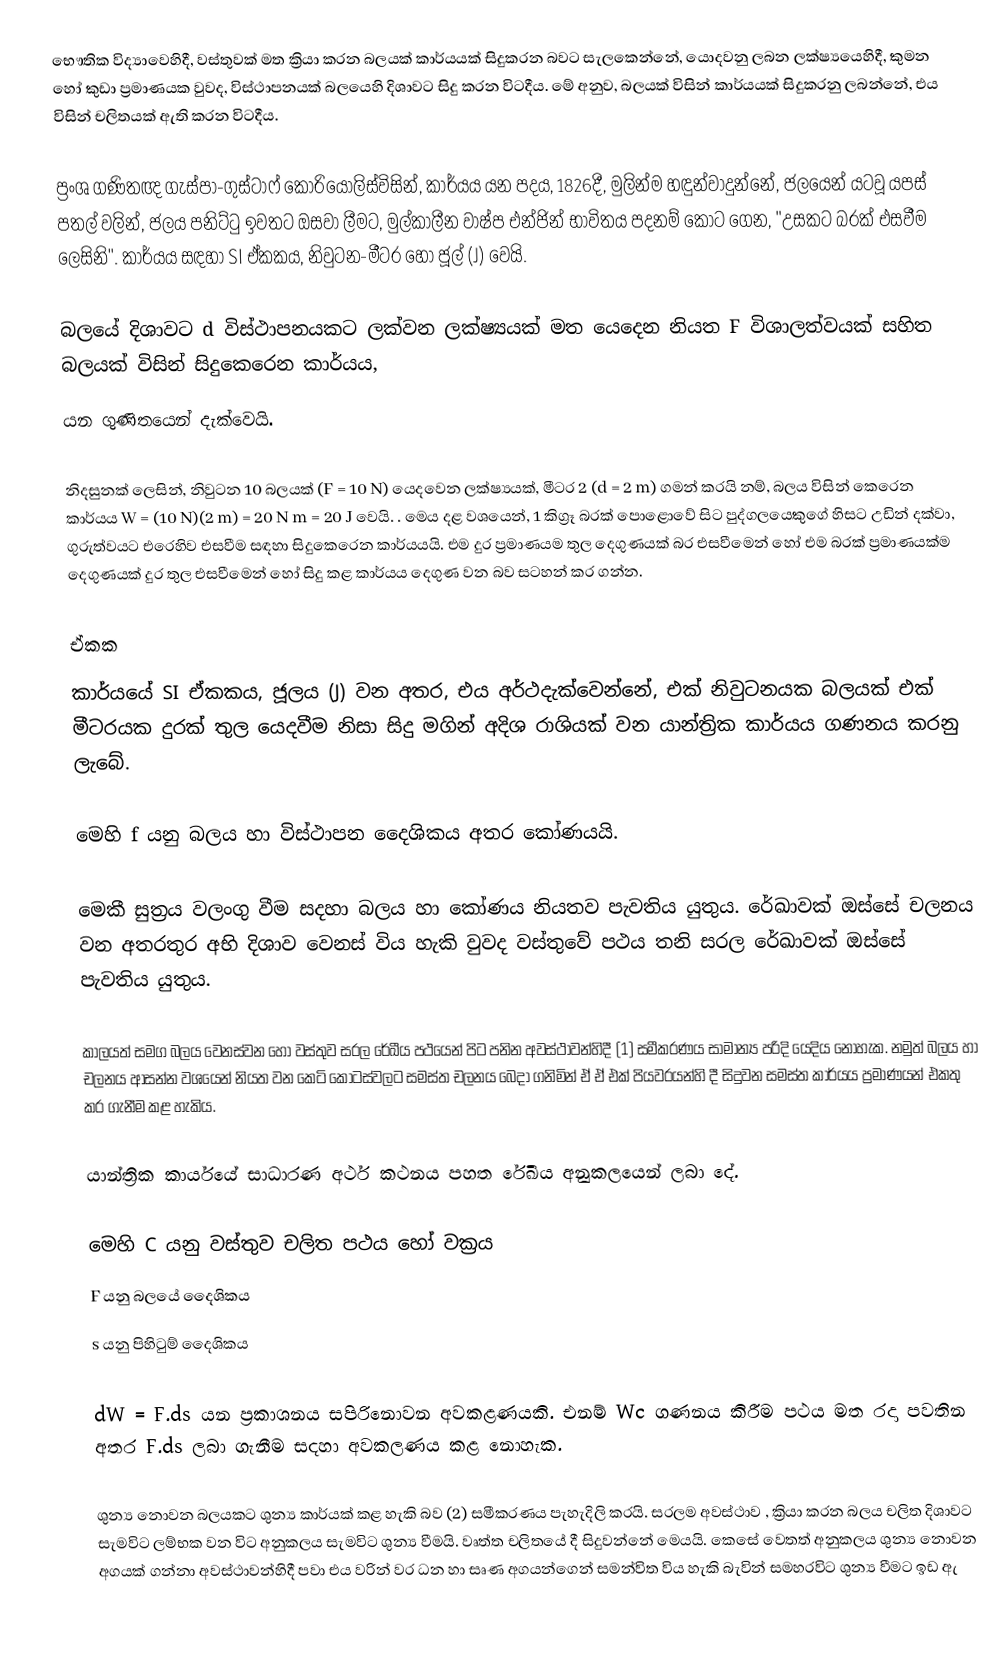
භෞතික විද්‍යාවෙහිදී, වස්තුවක් මත ක්‍රියා කරන බලයක් කාර්යයක් සිදුකරන බවට සැලකෙන්නේ, යොදවනු ලබන ලක්ෂ්‍යයෙහිදී, කුමන හෝ කුඩා ප්‍රමාණයක වුවද, විස්ථාපනයක් බලයෙහි දිශාවට සිදු කරන විටදීය.   මේ අනුව, බලයක් විසින් කාර්යයක් සිදුකරනු ලබන්නේ, එය විසින් චලිතයක් ඇති කරන විටදීය.

ප්‍රංශ ගණිතඥ ගැස්පා-ගුස්ටාෆ් කොරියෝලිස්විසින්, කාර්යය යන පදය, 1826දී, මුලින්ම  හඳුන්වාදුන්නේ,   ජලයෙන් යටවූ යපස් පතල් වලින්, ජලය පනිට්ටු ඉවතට ඔසවා ලීමට, මුල්කාලීන වාෂ්ප එන්ජින් භාවිතය පදනම් කොට ගෙන,  "උසකට බරක්  එසවීම ලෙසිනි". කාර්යය සඳහා  SI ඒකකය, නිවුටන-මීටර හෝ ජූල් (J) වෙයි.

බලයේ දිශාවට d විස්ථාපනයකට ලක්වන ලක්ෂ්‍යයක් මත යෙදෙන නියත  F විශාලත්වයක් සහිත බලයක්  විසින් සිදුකෙරෙන කාර්යය,
 යන ගුණිතයෙන් දැක්වෙයි.

නිදසුනක් ලෙසින්, නිවුටන 10  බලයක් (F = 10 N) යෙදවෙන ලක්ෂ්‍යයක්, මීටර   2 (d = 2 m) ගමන් කරයි නම්, බලය විසින් කෙරෙන කාර්යය  W = (10 N)(2 m) = 20 N m = 20 J වෙයි.   .   මෙය දළ වශයෙන්,  1 කිග්‍රෑ බරක් පොළොවේ සිට පුද්ගලයෙකුගේ හිසට උඩින් දක්වා, ගුරුත්වයට එරෙහිව එසවීම සඳහා  සිදුකෙරෙන කාර්යයයි. එම දුර ප්‍රමාණයම තුල  දෙගුණයක් බර එසවීමෙන් හෝ එම බරක් ප්‍රමාණයක්ම දෙගුණයක් දුර තුල එසවීමෙන් හෝ සිදු කළ කාර්යය දෙගුණ වන බව සටහන් කර ගන්න.

ඒකක
කාර්යයේ SI ඒකකය,  ජූලය (J) වන අතර, එය අර්ථදැක්වෙන්නේ,  එක් නිවුටනයක බලයක් එක් මීටරයක දුරක් තුල යෙදවීම නිසා සිදු මගින් අදිශ රාශියක් වන යාන්ත්‍රික කාර්යය ගණනය කරනු ලැබේ.

මෙහි f  යනු බලය හා විස්ථාපන දෛශිකය අතර කෝණයයි.

මෙකී සුත්‍රය වලංගු වීම සදහා බලය හා කෝණය නියතව පැවතිය යුතුය.  රේඛාවක් ඔස්සේ චලනය වන අතරතුර අභි දිශාව වෙනස් විය හැකි වුවද වස්තුවේ පථය තනි සරල රේඛාවක් ඔස්සේ පැවතිය යුතුය.

කාලයත් සමග බලය වෙනස්වන හෝ වස්තුව සරල රේඛීය පථයෙන් පිට පනින අවස්ථාවන්හිදී (1) සමීකරණය සාමාන්‍ය පරිදි යෙදිය නොහැක. නමුත් බලය හා චලනය ආසන්න වශයෙන් නියත වන කෙටි කොටස්වලට සමස්ත චලනය බෙදා ගනිමින් ඒ ඒ එක් පියවරයන්හි දී සිදුවන සමස්ත කාර්යය ප්‍රමාණයන් එකතු කර ගැනීම කළ හැකිය.

යාන්ත්‍රික කාර්යයේ සාධාරණ අර්ථ කථනය පහත රේඛීය අනුකලයෙන් ලබා දේ.

මෙහි   C  යනු වස්තුව චලිත පථය හෝ වක්‍රය
          F  යනු බලයේ දෛශිකය
          s යනු පිහිටුම් දෛශිකය

dW = F.ds  යන ප්‍රකාශනය සපිරිනොවන අවකළණයකි. එනම් Wc  ගණනය කිරීම පථය මත රදා පවතින අතර F.ds  ලබා ගැනීම සදහා අවකලණය කළ නොහැක.

ශුන්‍ය ‍නොවන බලයකට ශුන්‍ය කාර්යක් කළ හැකි බව (2) සමීකරණය පැහැදිලි කරයි. සරලම අවස්ථාව , ක්‍රියා කරන බලය චලිත දිශාවට සැමවිට ලම්භක වන විට අනුකලය සැමවිට ශුන්‍ය වීමයි. වෘත්ත චලිතයේ දී සිදුවන්නේ මෙයයි. කෙසේ වෙතත් අනුකලය ශුන්‍ය නොවන අගයක් ගන්නා අවස්ථාවන්හිදී පවා එය වරින් වර  ධන හා සෘණ අගයන්ගෙන් සමන්විත විය හැකි බැවින්  සමහරවිට ශුන්‍ය වීමට ඉඩ ඇ